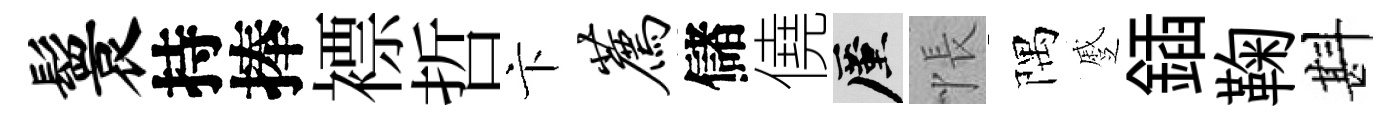
鬟持捧褾哲卞荐儲僥厪悵隅蹙鍤鞠斟